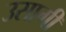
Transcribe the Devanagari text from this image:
उसागी